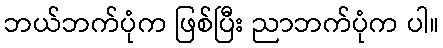
ဘယ်ဘက်ပုံက ဖြစ်ပြီး ညာဘက်ပုံက ပါ။